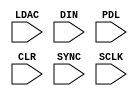
// JRG170, VXS182

/**
 * Utilizes the DAC to produce sound
 */
module DAC
	(
		input LDAC,					// Hold this low for standalone mode
		input DIN,              // Serial data input
		input PDL,              // Software power-down
		input CLR,              // Asynchronous clear input
		input SYNC,             // Intializes 32 clock cycles of shift
		input SCLK              // The sample clock at the rate at which samples will be shifted
	);
	
	// Must convert input signal from 2's compliment to unsigned binary
	
endmodule